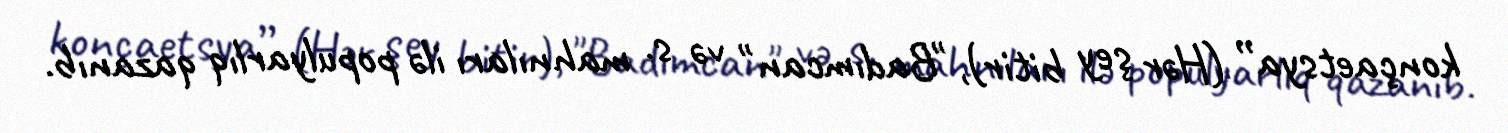
konçaetsya” (Hər şey bitir), "Badımcan" və s. mahnıları ilə populyarlıq qazanıb.